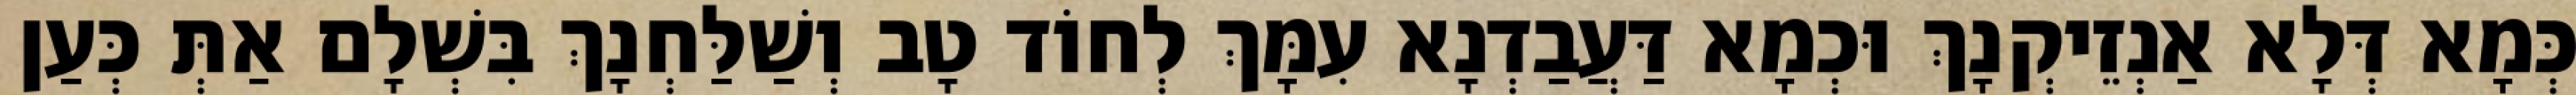
כְּמָא דְּלָא אַנְזֵיקְנָךְ וּכְמָא דַּעֲבַדְנָא עִמָּךְ לְחוֹד טָב וְשַׁלַּחְנָךְ בִּשְׁלָם אַתְּ כְּעַן